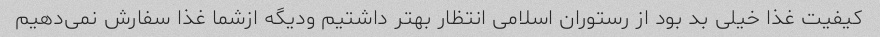
کیفیت غذا خیلی بد بود از رستوران اسلامی انتظار بهتر داشتیم ودیگه ازشما غذا سفارش نمی‌دهیم